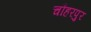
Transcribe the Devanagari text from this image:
चौहरपुर